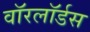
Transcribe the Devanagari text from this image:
वाॅरलाॅर्डस